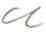
u